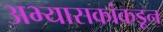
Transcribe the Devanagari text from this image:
अभ्यासकांकडून